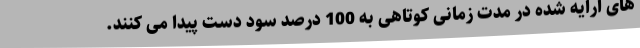
های ارایه شده در مدت زمانی کوتاهی به 100 درصد سود دست پیدا می کنند.